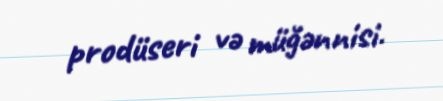
prodüseri və müğənnisi.